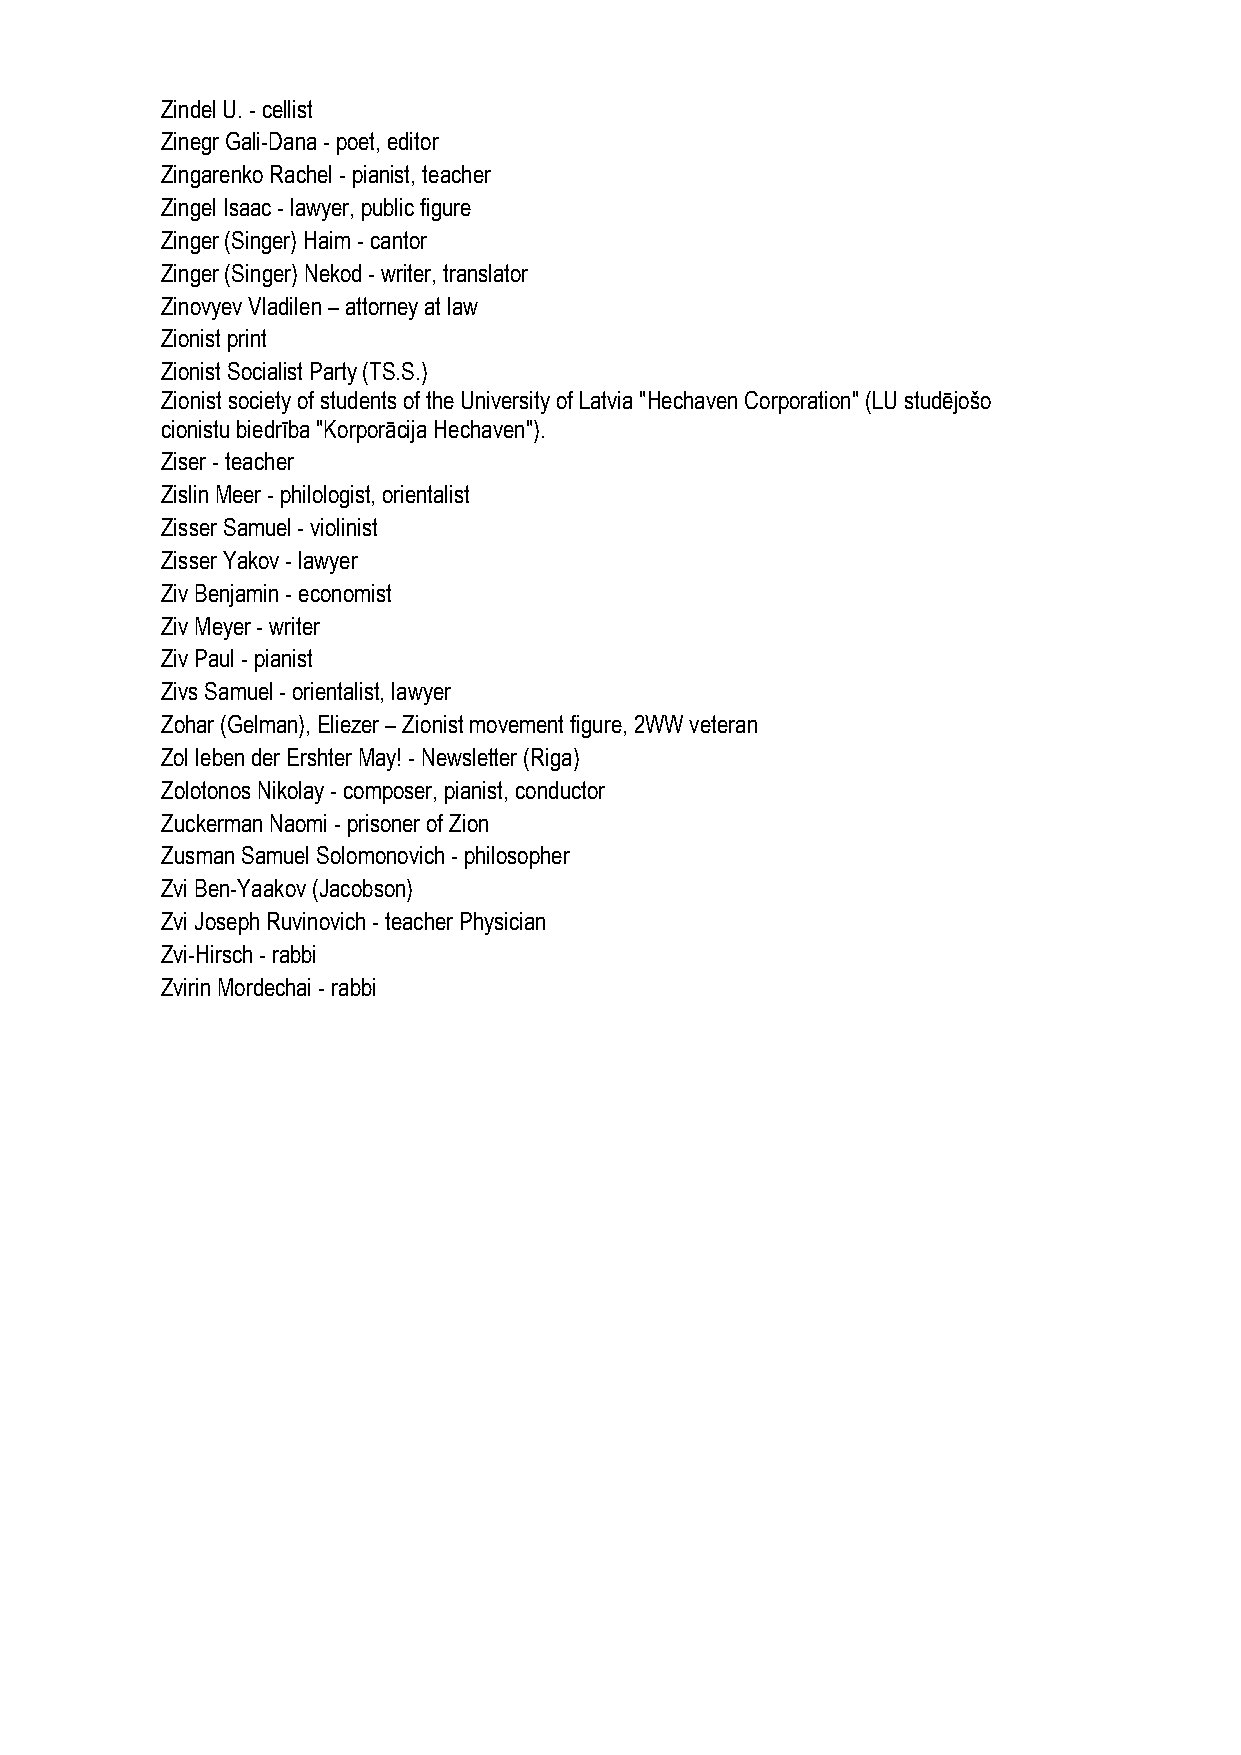
Zindel U. - cellist
 Zinegr Gali-Dana - poet, editor
 Zingarenko Rachel - pianist, teacher
 Zingel Isaac - lawyer, public figure
 Zinger (Singer) Haim - cantor
 Zinger (Singer) Nekod - writer, translator
 Zinovyev Vladilen – attorney at law
 Zionist print
 Zionist Socialist Party (TS.S.)
 Zionist society of students of the University of Latvia "Hechaven Corporation" (LU studējošo
 cionistu biedrība "Korporācija Hechaven").
 Ziser - teacher
 Zislin Meer - philologist, orientalist
 Zisser Samuel - violinist
 Zisser Yakov - lawyer
 Ziv Benjamin - economist
 Ziv Meyer - writer
 Ziv Paul - pianist
 Zivs Samuel - orientalist, lawyer
 Zohar (Gelman), Eliezer – Zionist movement figure, 2WW veteran
 Zol leben der Ershter May! - Newsletter (Riga)
 Zolotonos Nikolay - composer, pianist, conductor
 Zuckerman Naomi - prisoner of Zion
 Zusman Samuel Solomonovich - philosopher
 Zvi Ben-Yaakov (Jacobson)
 Zvi Joseph Ruvinovich - teacher Physician
 Zvi-Hirsch - rabbi
 Zvirin Mordechai - rabbi